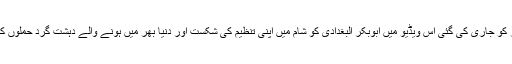
داعش کے میڈیا ونگ کی جانب سے پیر کو جاری کی گئی اس ویڈیو میں ابوبکر البغدادی کو شام میں اپنی تنظیم کی شکست اور دنیا بھر میں ہونے والے دہشت گرد حملوں کے بارے میں بات کرتے دکھایا گیا ہے۔